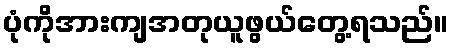
ပုံကိုအားကျအတုယူဖွယ်တွေ့ရသည်။